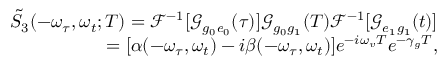
\begin{array} { r } { \tilde { S } _ { 3 } ( - \omega _ { \tau } , \omega _ { t } ; T ) = \mathscr { F } ^ { - 1 } [ \mathscr { G } _ { g _ { 0 } e _ { 0 } } ( \tau ) ] \mathscr { G } _ { g _ { 0 } g _ { 1 } } ( T ) \mathscr { F } ^ { - 1 } [ \mathscr { G } _ { e _ { 1 } g _ { 1 } } ( t ) ] } \\ { = [ \alpha ( - \omega _ { \tau } , \omega _ { t } ) - i \beta ( - \omega _ { \tau } , \omega _ { t } ) ] e ^ { - i \omega _ { v } T } e ^ { - \gamma _ { g } T } , } \end{array}